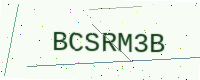
Text: BCSRM3B